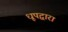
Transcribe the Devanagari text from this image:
धूपद्वारा